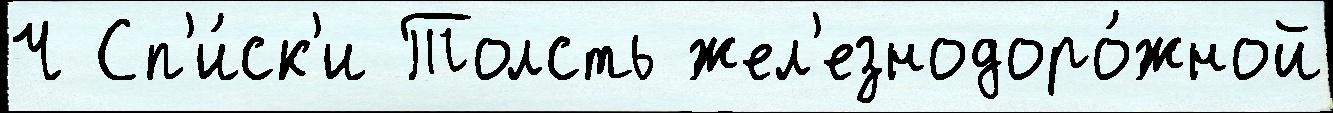
Ч Сп'и́ск'и Толсть жел'езнодоро́жной